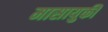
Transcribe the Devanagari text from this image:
मासायुकी